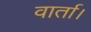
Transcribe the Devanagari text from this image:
वार्ता।